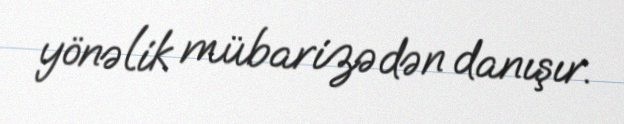
yönəlik mübarizədən danışır.